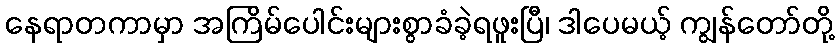
နေရာတကာမှာ အကြိမ်ပေါင်းများစွာခံခဲ့ရဖူးပြီ၊ ဒါပေမယ့် ကျွန်တော်တို့